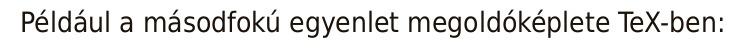
Például a másodfokú egyenlet megoldóképlete TeX-ben: